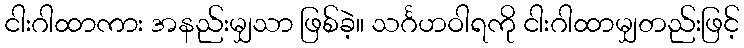
ငါးဂါထာကား အနည်းမျှသာ ဖြစ်ခဲ့။ သင်္ဂဟဝါရကို ငါးဂါထာမျှတည်းဖြင့်